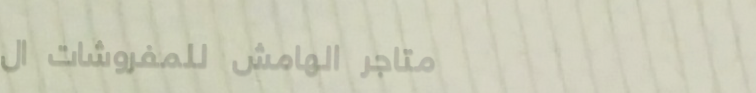
متاجر الهامش للمفروشات ال